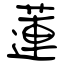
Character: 蓮